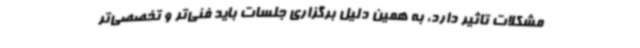
مشکلات تاثیر دارد، به همین دلیل برگزاری جلسات باید فنی‌تر و تخصصی‌تر